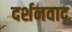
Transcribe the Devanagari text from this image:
दर्शनवाद